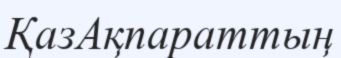
ҚазАқпараттың